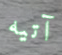
آتيه